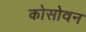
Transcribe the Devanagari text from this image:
कोसोवन